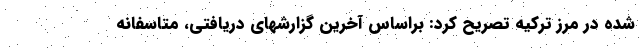
شده در مرز ترکیه تصریح کرد: براساس آخرین گزارشهای دریافتی، متاسفانه